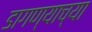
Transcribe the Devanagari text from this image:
डागण्याच्या